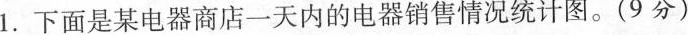
1.下面是某电器商店一天内的电器销售情况统计图。(9分)